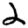
Digit: 2